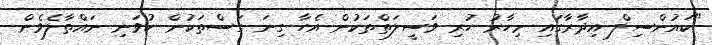
"ކައުންސިލް އިދާރާގައި މިހާރު ހުރި ވަސީލަތްތަކުން އެހާ ގިނަ ގަސްތަކުން ހުވަނި ނައްތާލެވެން